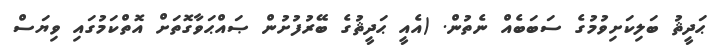
ޙަދީޘު ބަލިކަށިވުމުގެ ސަބަބެއް ނެތުން. (އެއީ ޙަދީޘުގެ ބޭރުފުށުން ޞައްޙަވާގޮތަށް އޮތްކަމުގައި ވިޔަސް